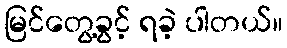
မြင်တွေ့ခွင့် ရခဲ့ ပါတယ်။